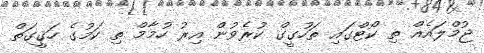
ޖުމްލައެއް ތި ކޯޓްގައި ތަހުގީގް ކުރެވުން އިރު ހުމާމް ތި ކަމުގެ ހަޤީގަތް